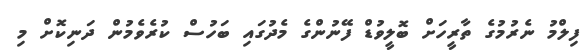
ފިލްމު ނެރުމުގެ ތާރީހަށް ބޮލީވުޑް ފޭނުންގެ މެދުގައި ބަހުސް ކުރެވެމުން ދަނިކޮށް މި